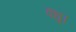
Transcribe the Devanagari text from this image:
वधु।